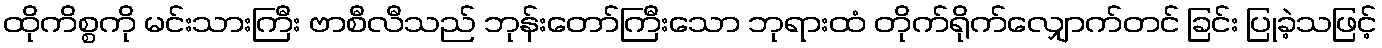
ထိုကိစ္စကို မင်းသားကြီး ဗာစီလီသည် ဘုန်းတော်ကြီးသော ဘုရားထံ တိုက်ရိုက်လျှောက်တင် ခြင်း ပြုခဲ့သဖြင့်